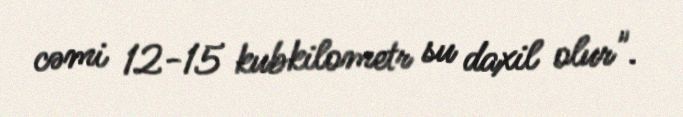
cəmi 12-15 kubkilometr su daxil olur".